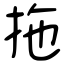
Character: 拖